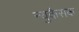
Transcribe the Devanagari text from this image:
न्युकैसक